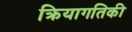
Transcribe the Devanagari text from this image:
क्रियागतिकी